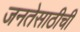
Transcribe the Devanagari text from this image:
जनतेसाठीची